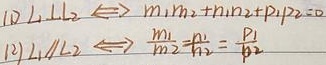
(1) \(L_1 \perp L_2 \Leftrightarrow m_1m_2 + n_1n_2 + p_1p_2 = 0\)
(2) \(L_1 \parallel L_2 \Leftrightarrow \frac{m_1}{m_2}=\frac{n_1}{n_2}=\frac{p_1}{p_2}\)